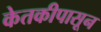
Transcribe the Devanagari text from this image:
केतकीपासून